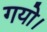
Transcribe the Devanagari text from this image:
गयो।